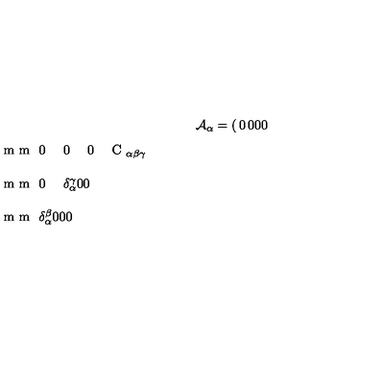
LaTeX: { \cal A } _ { \alpha } = \left( \begin{matrix} { 0 } & { 0 } & { 0 } & { 0 } \\ { \noalign { \vskip 1 m m } 0 } & { 0 } & { 0 } & { C _ { \alpha \beta \gamma } } \\ { \noalign { \vskip 1 m m } 0 } & { \delta _ { \alpha } ^ { \gamma } } & { 0 } & { 0 } \\ { \noalign { \vskip 1 m m } \delta _ { \alpha } ^ { \beta } } & { 0 } & { 0 } & { 0 } \\ \end{matrix} \right) \ .